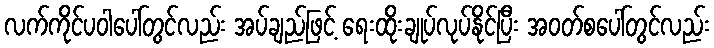
လက်ကိုင်ပဝါပေါ်တွင်လည်း အပ်ချည်ဖြင့် ရေးထိုးချုပ်လုပ်နိုင်ပြီး အဝတ်စပေါ်တွင်လည်း